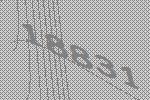
18831